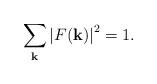
LaTeX: \begin{align*}\sum_{\bf k} \left| F({\bf k}) \right|^2 = 1.\end{align*}